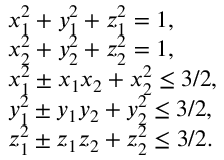
\begin{array} { r l } & { x _ { 1 } ^ { 2 } + y _ { 1 } ^ { 2 } + z _ { 1 } ^ { 2 } = 1 , } \\ & { x _ { 2 } ^ { 2 } + y _ { 2 } ^ { 2 } + z _ { 2 } ^ { 2 } = 1 , } \\ & { x _ { 1 } ^ { 2 } \pm x _ { 1 } x _ { 2 } + x _ { 2 } ^ { 2 } \leq 3 / 2 , } \\ & { y _ { 1 } ^ { 2 } \pm y _ { 1 } y _ { 2 } + y _ { 2 } ^ { 2 } \leq 3 / 2 , } \\ & { z _ { 1 } ^ { 2 } \pm z _ { 1 } z _ { 2 } + z _ { 2 } ^ { 2 } \leq 3 / 2 . } \end{array}